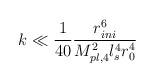
LaTeX: \begin{align*}k \ll\frac{1}{40} \frac{r_{ini}^6}{M_{pl,4}^2 l_s^4 r_0^4}\end{align*}